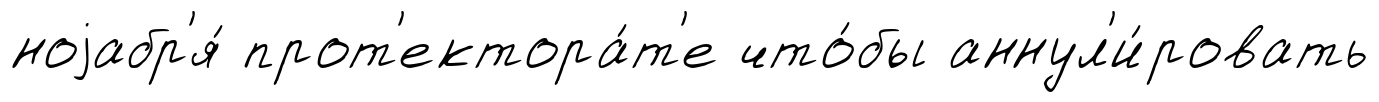
ноjабр'я́ прот'ектора́т'е что́бы аннул'и́ровать